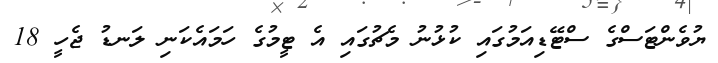
ޔުވެންޓަސްގެ ސްޓޭޑިއަމުގައި ކުޅުނު މެޗުގައި އެ ޓީމުގެ ހަމައެކަނި ލަނޑު ޖެހީ 18